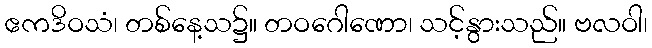
ဧကဒိဝသံ၊ တစ်နေ့သ၌။ တဝဂေါဏော၊ သင့်နွားသည်။ ဗလဝါ၊